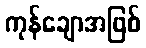
ကုန်ချောအဖြစ်